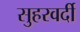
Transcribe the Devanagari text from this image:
सुहरवर्दी